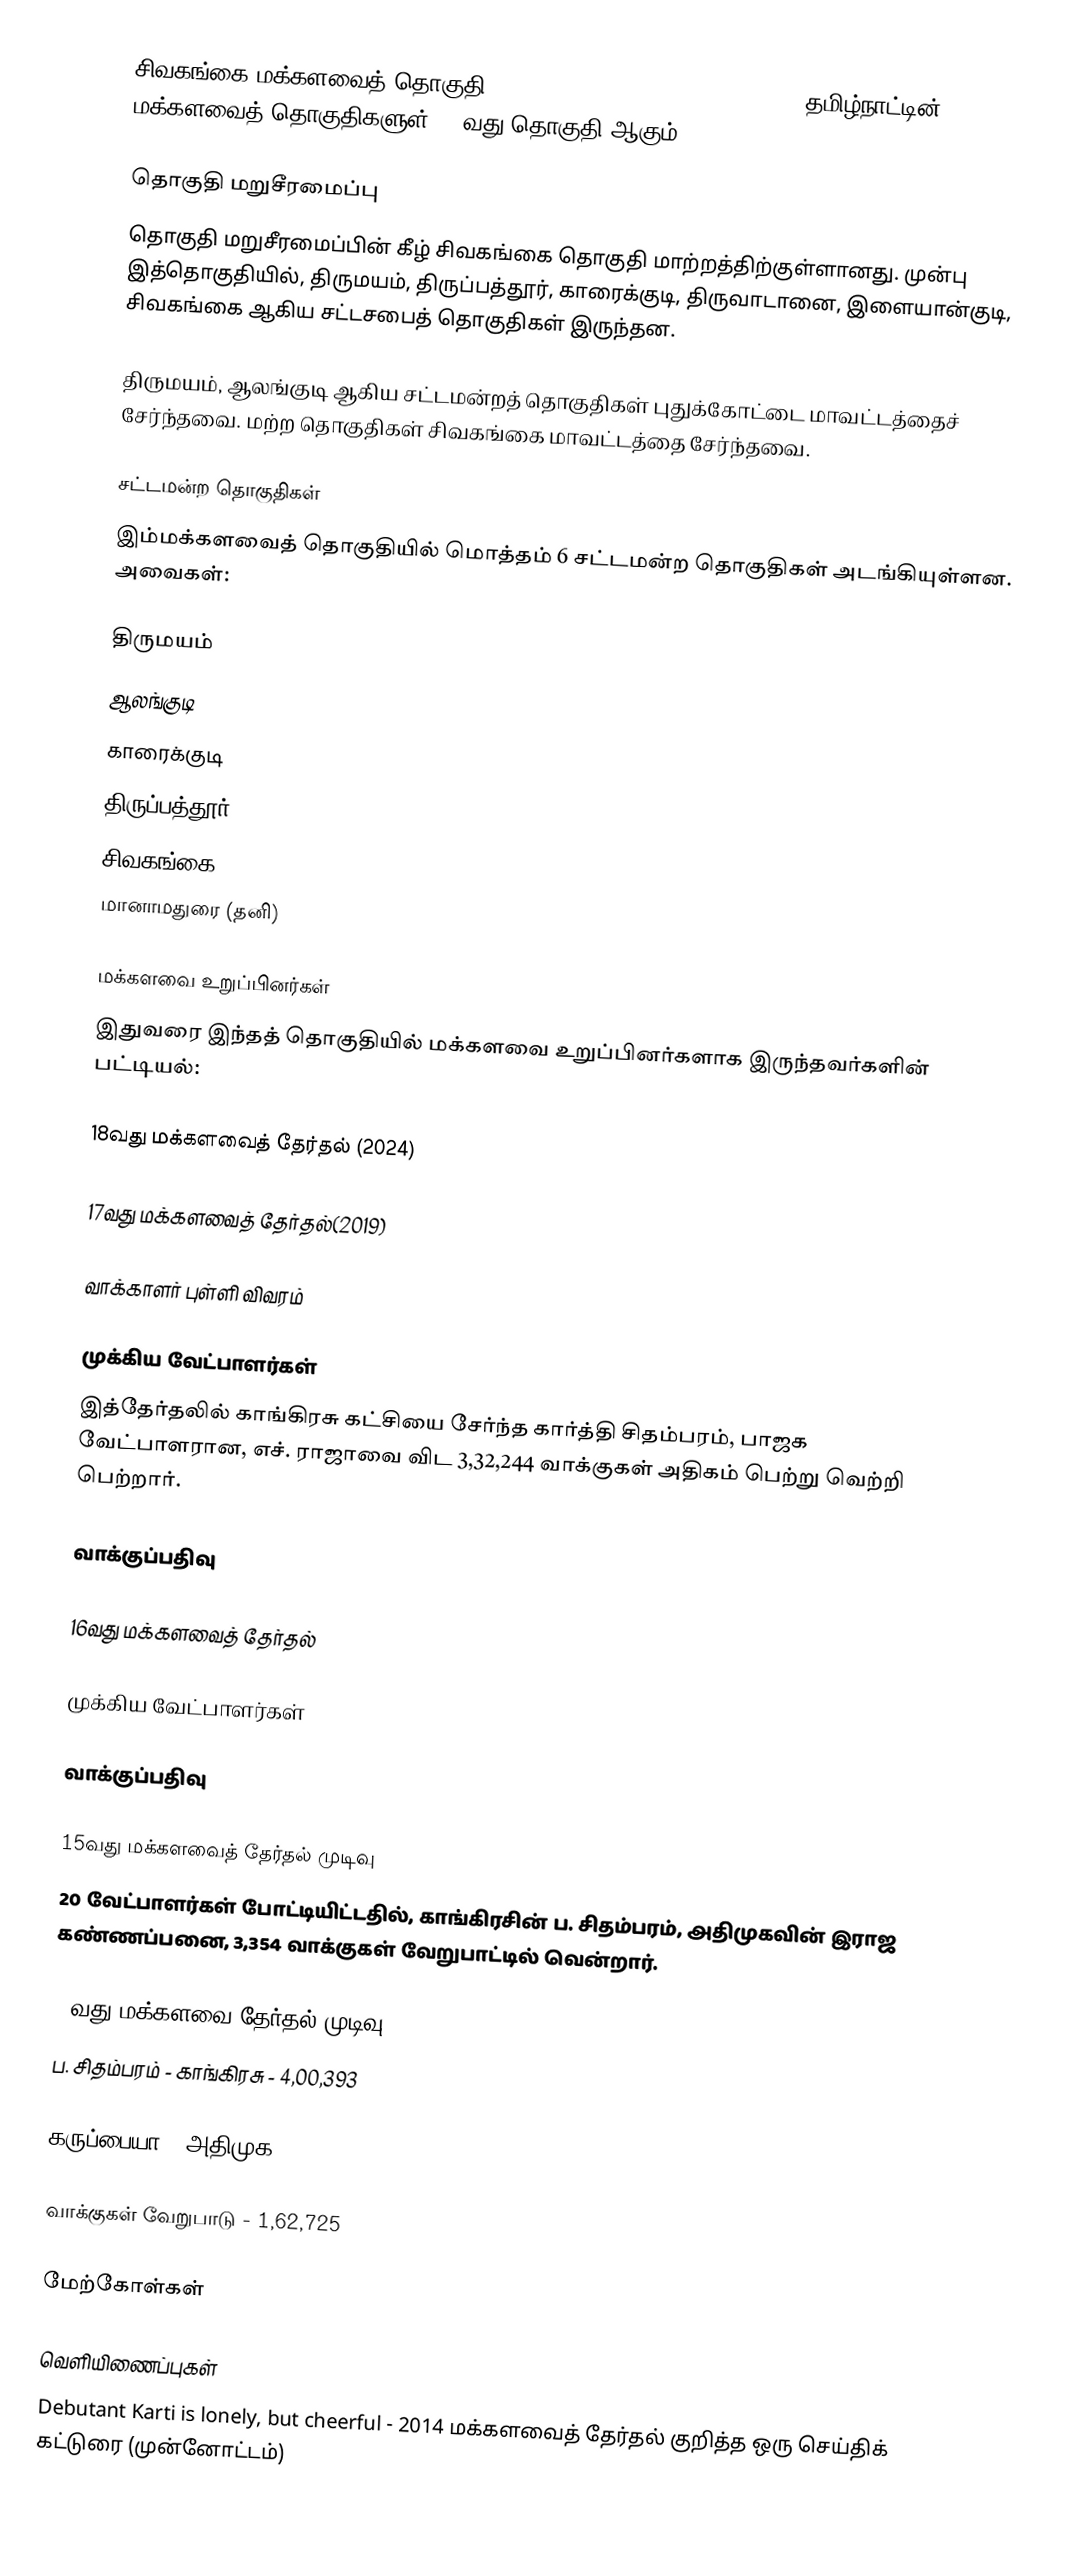
சிவகங்கை மக்களவைத் தொகுதி (Sivaganga Lok Sabha constituency), தமிழ்நாட்டின், 39 மக்களவைத் தொகுதிகளுள், 31வது தொகுதி ஆகும்.

தொகுதி மறுசீரமைப்பு
தொகுதி மறுசீரமைப்பின் கீழ் சிவகங்கை தொகுதி மாற்றத்திற்குள்ளானது. முன்பு இத்தொகுதியில், திருமயம், திருப்பத்தூர், காரைக்குடி, திருவாடானை, இளையான்குடி, சிவகங்கை ஆகிய சட்டசபைத் தொகுதிகள் இருந்தன.

திருமயம், ஆலங்குடி ஆகிய சட்டமன்றத் தொகுதிகள் புதுக்கோட்டை மாவட்டத்தைச் சேர்ந்தவை. மற்ற தொகுதிகள் சிவகங்கை மாவட்டத்தை சேர்ந்தவை.

சட்டமன்ற தொகுதிகள்
இம்மக்களவைத் தொகுதியில் மொத்தம் 6 சட்டமன்ற தொகுதிகள் அடங்கியுள்ளன. அவைகள்:

 திருமயம்
 ஆலங்குடி
 காரைக்குடி
 திருப்பத்தூர்
 சிவகங்கை
 மானாமதுரை (தனி)

மக்களவை உறுப்பினர்கள்
இதுவரை இந்தத் தொகுதியில் மக்களவை உறுப்பினர்களாக இருந்தவர்களின் பட்டியல்:

18வது மக்களவைத் தேர்தல் (2024)

17வது மக்களவைத் தேர்தல்(2019)

வாக்காளர் புள்ளி விவரம்

முக்கிய வேட்பாளர்கள்
இத்தேர்தலில் காங்கிரசு கட்சியை சேர்ந்த கார்த்தி சிதம்பரம், பாஜக வேட்பாளரான,  எச். ராஜாவை விட 3,32,244 வாக்குகள் அதிகம் பெற்று வெற்றி பெற்றார்.

வாக்குப்பதிவு

16வது மக்களவைத் தேர்தல்

முக்கிய வேட்பாளர்கள்

வாக்குப்பதிவு

15வது மக்களவைத் தேர்தல் முடிவு
20 வேட்பாளர்கள் போட்டியிட்டதில், காங்கிரசின் ப. சிதம்பரம், அதிமுகவின் இராஜ கண்ணப்பனை, 3,354 வாக்குகள் வேறுபாட்டில் வென்றார்.

14வது மக்களவை தேர்தல் முடிவு
ப. சிதம்பரம் - காங்கிரசு - 4,00,393

கருப்பையா - அதிமுக - 2,37,668

வாக்குகள் வேறுபாடு - 1,62,725

மேற்கோள்கள்

வெளியிணைப்புகள்
 Debutant Karti is lonely, but cheerful - 2014 மக்களவைத் தேர்தல் குறித்த ஒரு செய்திக் கட்டுரை (முன்னோட்டம்)